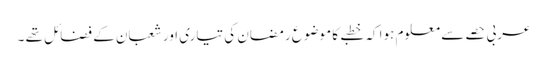
عربی حصے سے معلوم ہوا کہ خطبے کا موضوع رمضان کی تیاری اور شعبان کے فضائل تھے ۔